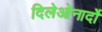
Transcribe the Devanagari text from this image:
दिलेओनार्दो